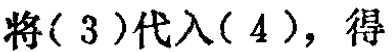
将( 3 )代入( 4 )，得